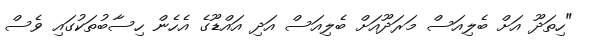
"ހިތަދޫ އަށް ބެލިއަސް މަރަދޫއަށް ބެލިއަސް އަދި އައްޑޫގެ އެހެން ހިސާބުތަކުގައި ވެސް